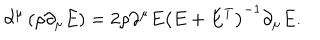
LaTeX: \partial ^ { \mu } \left( \rho \partial _ { \mu } E \right) = 2 \rho \partial ^ { \mu } E \left( E + E ^ { T } \right) ^ { - 1 } \partial _ { \mu } E .